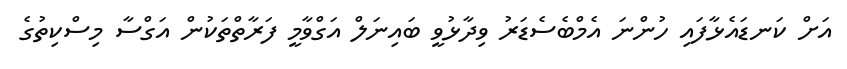
އަށް ކަނޑައެޅާފައި ހުންނަ އެމްބެސެޑަރު ވިދާޅުވީ ބައިނަލް އަގްވާމީ ފަރާތްތަކުން އަގްސާ މިސްކިތުގެ